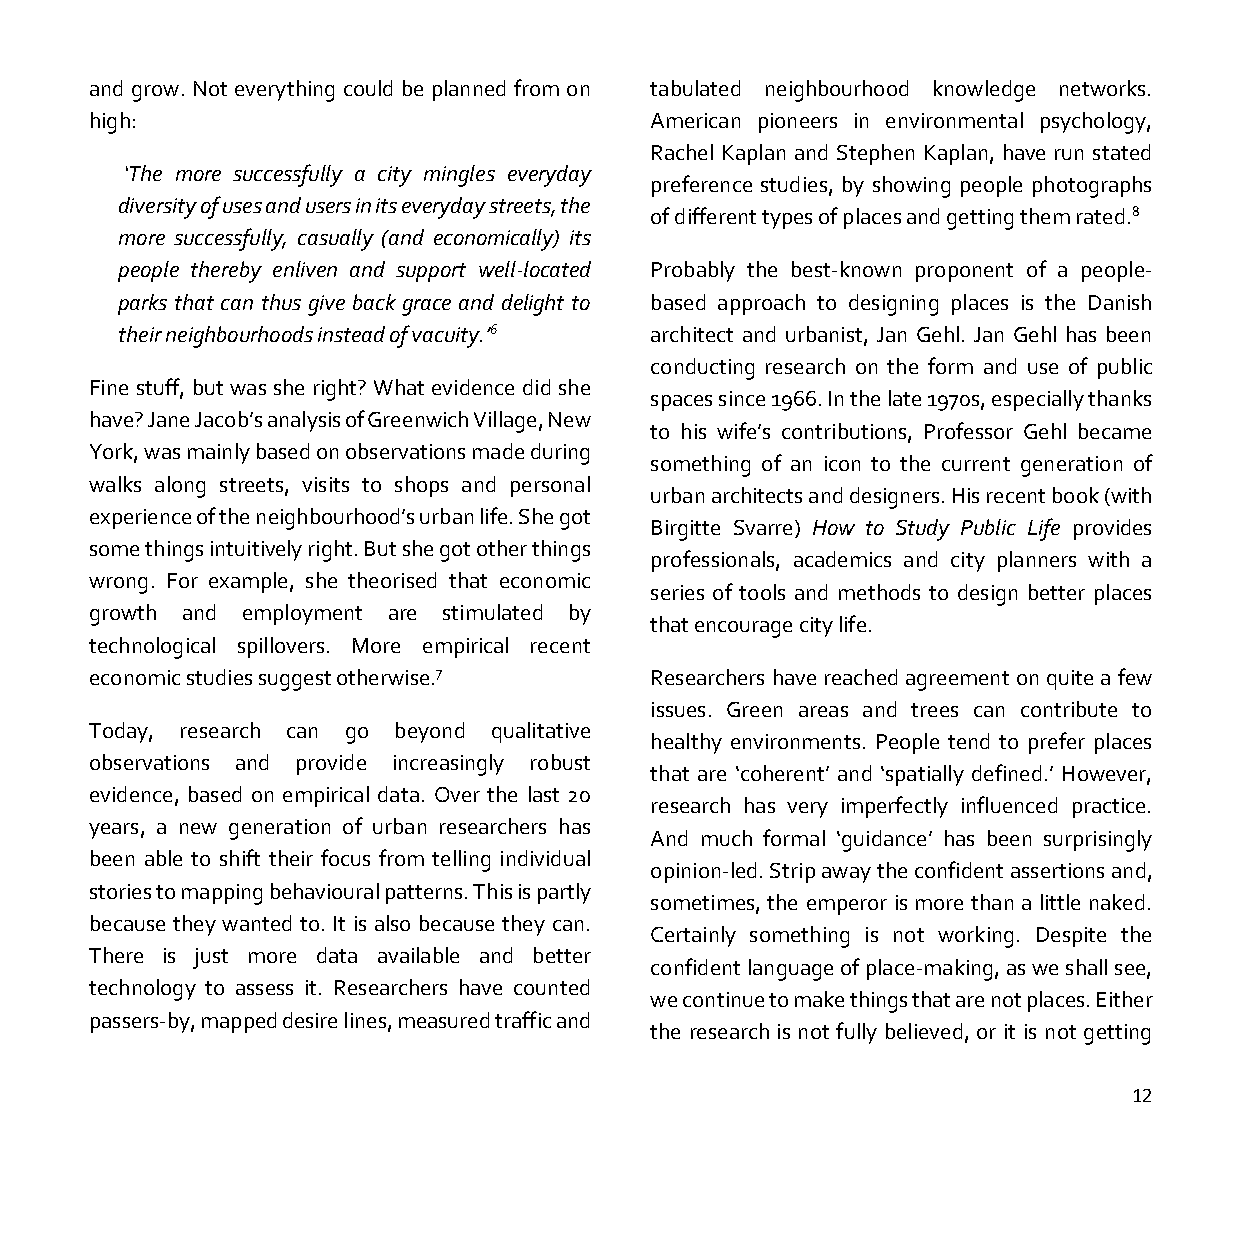
and grow. Not everything could be planned from on tabulated neighbourhood knowledge networks.
 high:                                American pioneers in environmental psychology,
 Rachel Kaplan and Stephen Kaplan, have run stated
 ‘The more successfully a city mingles everyday
 preference studies, by showing people photographs
 diversity of uses and users in its everyday streets, the
 of different types of places and getting them rated.8
 more successfully, casually (and economically) its
 people thereby enliven and support well-located Probably the best-known proponent of a people-
 parks that can thus give back grace and delight to based approach to designing places is the Danish
 their neighbourhoods instead of vacuity.’6 architect and urbanist, Jan Gehl. Jan Gehl has been
 conducting research on the form and use of public
 Fine stuff, but was she right? What evidence did she
 spaces since 1966. In the late 1970s, especially thanks
 have? Jane Jacob’s analysis of Greenwich Village, New
 to his wife’s contributions, Professor Gehl became
 York, was mainly based on observations made during
 something of an icon to the current generation of
 walks along streets, visits to shops and personal
 urban architects and designers. His recent book (with
 experience of the neighbourhood’s urban life. She got
 Birgitte Svarre) How to Study Public Life provides
 some things intuitively right. But she got other things
 professionals, academics and city planners with a
 wrong. For example, she theorised that economic
 series of tools and methods to design better places
 growth and employment are stimulated by
 that encourage city life.
 technological spillovers. More empirical recent
 economic studies suggest otherwise.7 Researchers have reached agreement on quite a few
 issues. Green areas and trees can contribute to
 Today, research can go beyond qualitative
 healthy environments. People tend to prefer places
 observations and provide increasingly robust
 that are ‘coherent’ and ‘spatially defined.’ However,
 evidence, based on empirical data. Over the last 20
 research has very imperfectly influenced practice.
 years, a new generation of urban researchers has
 And much formal ‘guidance’ has been surprisingly
 been able to shift their focus from telling individual
 opinion-led. Strip away the confident assertions and,
 stories to mapping behavioural patterns. This is partly
 sometimes, the emperor is more than a little naked.
 because they wanted to. It is also because they can.
 Certainly something is not working. Despite the
 There is just more data available and better
 confident language of place-making, as we shall see,
 technology to assess it. Researchers have counted
 we continue to make things that are not places. Either
 passers-by, mapped desire lines, measured traffic and
 the research is not fully believed, or it is not getting
 12